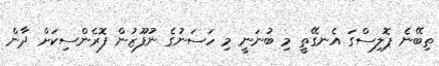
ތިބޭނެ ޕޮލިސްގަ އެނގޭތީ މި ބުނަނީ މި ހަސަނުގެ ނުފޫޒުން ފޮރެންސިކަށް ދާން